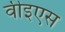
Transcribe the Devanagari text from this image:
वीइएस